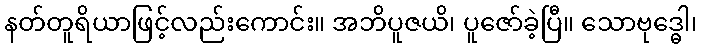
နတ်တူရိယာဖြင့်လည်းကောင်း။ အဘိပူဇယိ၊ ပူဇော်ခဲ့ပြီ။ သောဗုဒ္ဓေါ၊